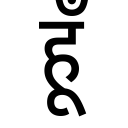
OCR:
हूँ